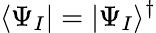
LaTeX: \langle\Psi_{I}|=|\Psi_{I}\rangle^{\dagger}